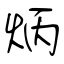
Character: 炳